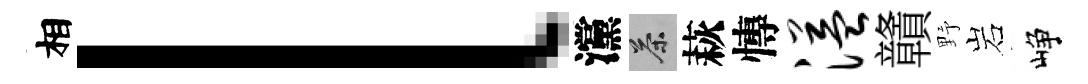
相l灙茶萩慱溢贛野岩峥